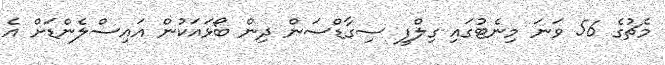
މެޗުގެ 56 ވަނަ މިނެޓުގައި ގިލްފީ ސިގާޑްސަން ދިން ބޯޅައަކުން އައިސްލެންޑަށް އެ